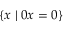
\{ x \mid 0 x = 0 \}